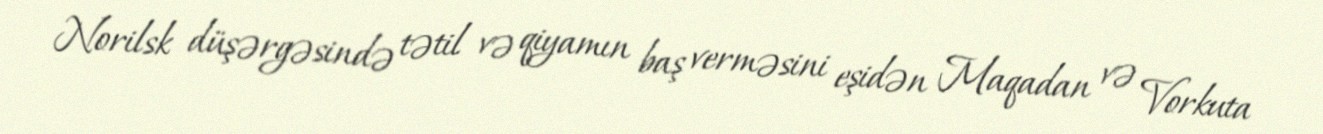
Norilsk düşərgəsində tətil və qiyamın baş verməsini eşidən Maqadan və Vorkuta